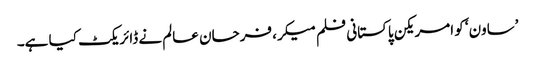
’ساون‘ کو امریکن پاکستانی فلم میکر، فرحان عالم نے ڈائریکٹ کیا ہے۔